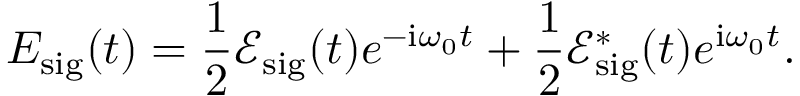
E _ { \mathrm { { s i g } } } ( t ) = \frac { 1 } { 2 } \mathcal { E } _ { \mathrm { { s i g } } } ( t ) e ^ { - \mathrm { { i } } \omega _ { 0 } t } + \frac { 1 } { 2 } \mathcal { E } _ { \mathrm { { s i g } } } ^ { * } ( t ) e ^ { \mathrm { { i } } \omega _ { 0 } t } .